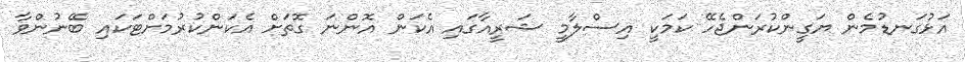
އަޅުގަނޑުމެން ޔަގީންކުރަންޖެހޭ ކަމަކީ އިސްލާމީ ޝަރީއާގައި އެކަން އޮންނަ ގޮތަށް އެކަންކުރުމަށްޓަކައި ބޭނުންވާ